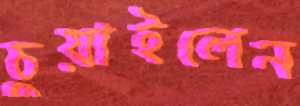
চুয়াইলেন